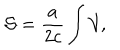
{ \cal S } = \frac { a } { 2 c } \int { \cal V } ,